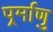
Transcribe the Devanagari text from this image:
पर्र्माणु